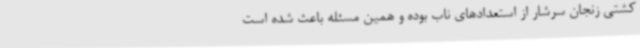
کشتی زنجان سرشار از استعدادهای ناب بوده و همین مسئله باعث شده است